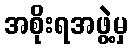
အစိုးရအဖွဲ့မှ